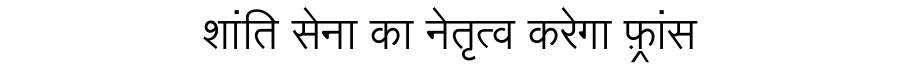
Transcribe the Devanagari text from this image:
शांति सेना का नेतृत्व करेगा फ़्रांस